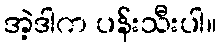
အဲ့ဒါက ပန်းသီးပါ။